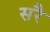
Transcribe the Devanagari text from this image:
सरै